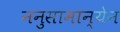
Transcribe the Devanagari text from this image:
ननुसामान्येन